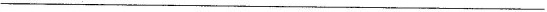
___